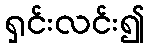
ရှင်းလင်း၍